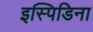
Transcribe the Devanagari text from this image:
इस्पिडिना